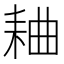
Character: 𫅻